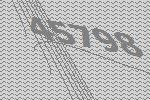
45798